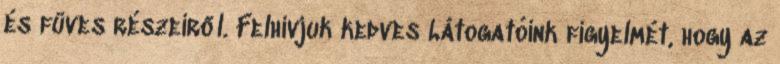
és füves részeiről. Felhívjuk kedves Látogatóink figyelmét, hogy az